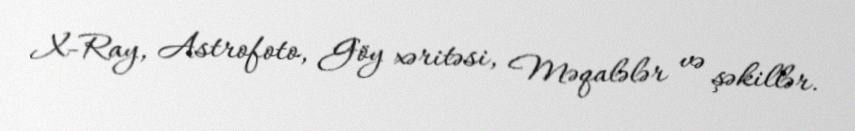
X-Ray, Astrofoto, Göy xəritəsi, Məqalələr və şəkillər.